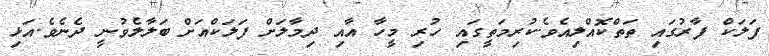
ފަލަކް ފާރުގައި ތަތްކޮއްލިއެވެ.ކުރިމަތީގައި ހުރި މީހާ އާއި ދިމާލަށް ފަލަކްއަށް ބަލާލެވުނީ ދެނެވެ.އަޅި